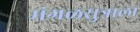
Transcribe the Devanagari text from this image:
मंगळसुत्राला